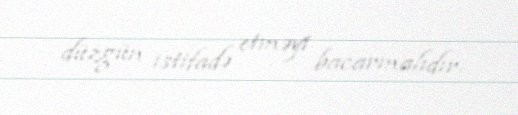
düzgün istifadə etməyi bacarmalıdır.